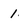
Character: 1